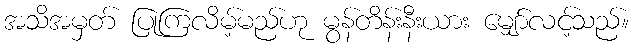
အသိအမှတ် ပြုကြလိမ့်မည်ဟု မွန်တိန်းနီးယား မျှော်လင့်သည်။